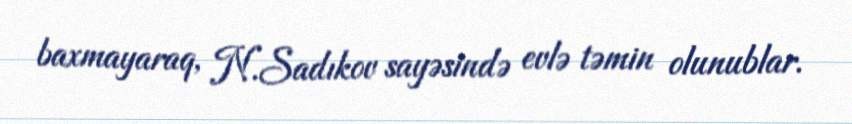
baxmayaraq, N.Sadıkov sayəsində evlə təmin olunublar.